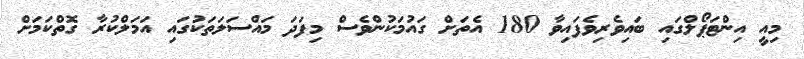
މިއީ އިންޓަޕޯލްގައި ބައިވެރިވެފައިވާ 180 އެތަށް ގައުމަކުންވެސް މިފަދަ މައްސަލަތަކުގައި އަމަލްކުރާ ގޮތްކަމަށް